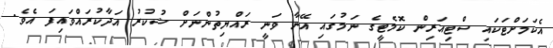
އެކަމަށްޓަކައި ސްޓިއަރިން ކޮމެޓީގެ ނަމުގައި އޭނާ ވަނީ ރައްޔިތުންނަށް ޝުކުރު އަދާކުރައްވައިފަ އެވެ.